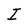
Character: I